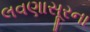
લવણાસૂરના